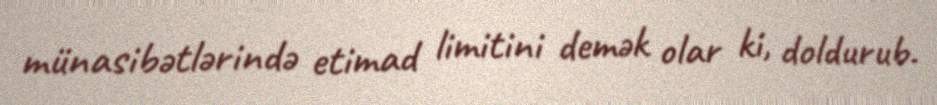
münasibətlərində etimad limitini demək olar ki, doldurub.